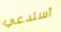
أستدعي